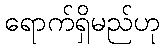
ရောက်ရှိမည်ဟု